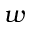
w